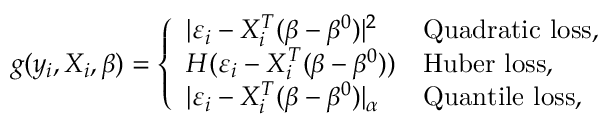
g ( y _ { i } , X _ { i } , \beta ) = \left\{ \begin{array} { l l } { \vert \varepsilon _ { i } - X _ { i } ^ { T } ( \beta - \beta ^ { 0 } ) \vert ^ { 2 } } & { \mathrm { Q u a d r a t i c ~ l o s s , ~ } } \\ { H ( \varepsilon _ { i } - X _ { i } ^ { T } ( \beta - \beta ^ { 0 } ) ) } & { \mathrm { H u b e r ~ l o s s , } } \\ { \vert \varepsilon _ { i } - X _ { i } ^ { T } ( \beta - \beta ^ { 0 } ) \vert _ { \alpha } } & { \mathrm { Q u a n t i l e ~ l o s s , } } \end{array} \right.